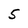
Character: 5